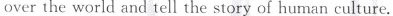
overthe world and tell the story of human culture.